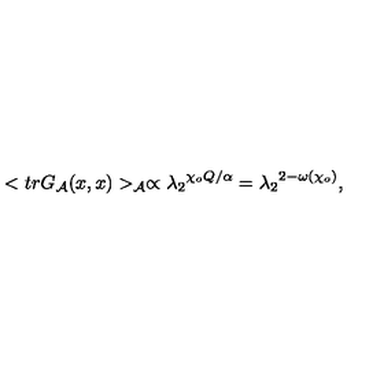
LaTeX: < t r G _ { \cal A } ( x , x ) > _ { \cal A } \propto { { \lambda _ { 2 } } ^ { { \chi _ { o } } Q / \alpha } } = { { \lambda _ { 2 } } ^ { 2 - \omega ( { \chi _ { o } } ) } } ,